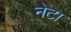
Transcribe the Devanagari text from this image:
नेटा